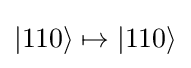
|110\rangle \mapsto |110\rangle